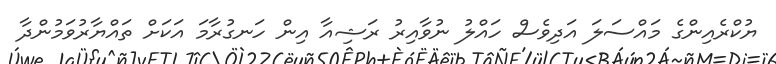
ޔުކްރެއިންގެ މައްސަލަ އަދިވެސް ހައްލު ނުވާއިރު ރަޝިއާ އިން ހަނގުރާމަ އަކަށް ތައްޔާރުވަމުންދާ